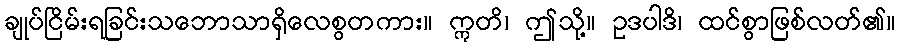
ချုပ်ငြိမ်းရခြင်းသဘောသာရှိလေစွတကား။ ဣတိ၊ ဤသို့။ ဥဒပါဒိ၊ ထင်စွာဖြစ်လတ်၏။